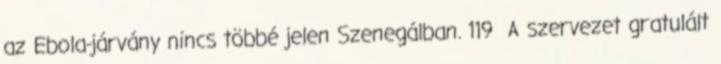
az Ebola-járvány nincs többé jelen Szenegálban. 119 A szervezet gratulált